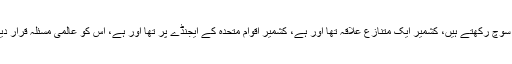
ان کا کہنا تھا کہ ‘میں نے سلامتی کونسل کو خط میں لکھا کہ ہم اس کے برعکس سوچ رکھتے ہیں، کشمیر ایک متنازع علاقہ تھا اور ہے، کشمیر اقوام متحدہ کے ایجنڈے پر تھا اور ہے، اس کو عالمی مسئلہ قرار دیا گیا اس پر 11 قرار دادیں منظور ہوئیں اس پر عمل درآمد آپ کی ذمہ داری ہے’۔